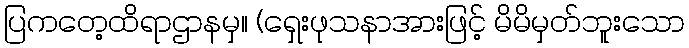
ပြကတေ့ထိရာဌာနမှ။ (ရှေးဖုသနာအားဖြင့် မိမိမှတ်ဘူးသော